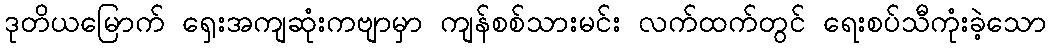
ဒုတိယမြောက် ရှေးအကျဆုံးကဗျာမှာ ကျန်စစ်သားမင်း လက်ထက်တွင် ရေးစပ်သီကုံးခဲ့သော